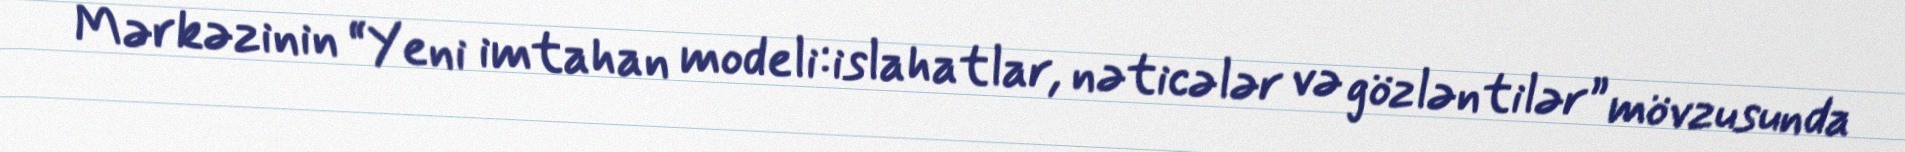
Mərkəzinin “Yeni imtahan modeli:islahatlar, nəticələr və gözləntilər” mövzusunda